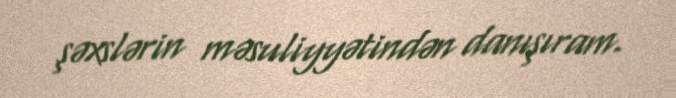
şəxslərin məsuliyyətindən danışıram.